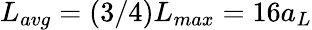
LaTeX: L_{avg}=(3/4)L_{max}=16a_{L}